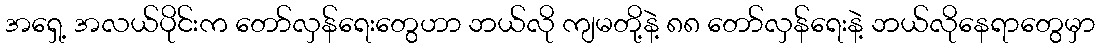
အရှေ့ အလယ်ပိုင်းက တော်လှန်ရေးတွေဟာ ဘယ်လို ကျမတို့နဲ့ ၈၈ တော်လှန်ရေးနဲ့ ဘယ်လိုနေရာတွေမှာ